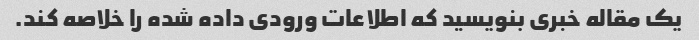
یک مقاله خبری بنویسید که اطلاعات ورودی داده شده را خلاصه کند.